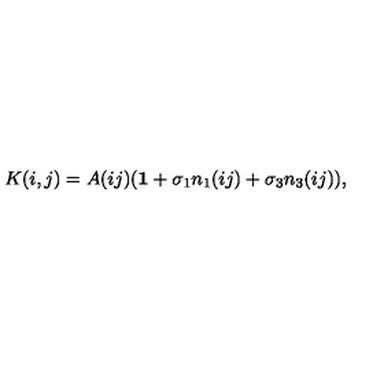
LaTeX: K ( i , j ) = A ( i j ) ( { \bf 1 } + \sigma _ { 1 } n _ { 1 } ( i j ) + \sigma _ { 3 } n _ { 3 } ( i j ) ) ,